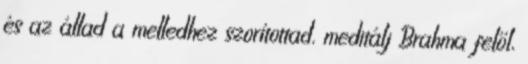
és az állad a melledhez szorítottad, meditálj Brahma felől,